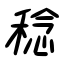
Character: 稔